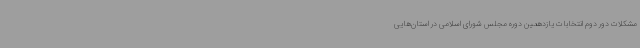
مشکلات دور دوم انتخابات یازدهمین دوره مجلس شورای اسلامی در استان‌هایی